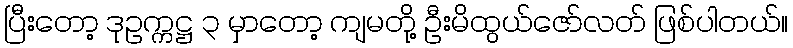
ပြီးတော့ ဒုဥက္ကဋ္ဌ ၃ မှာတော့ ကျမတို့ ဦးမိထွယ်ဇော်လတ် ဖြစ်ပါတယ်။